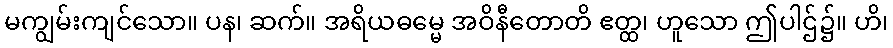
မကျွမ်းကျင်သော။ ပန၊ ဆက်။ အရိယဓမ္မေ အဝိနီတောတိ ဧတ္ထ၊ ဟူသော ဤပါဌ်၌။ ဟိ၊